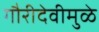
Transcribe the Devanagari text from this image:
गौरीदेवीमुळे